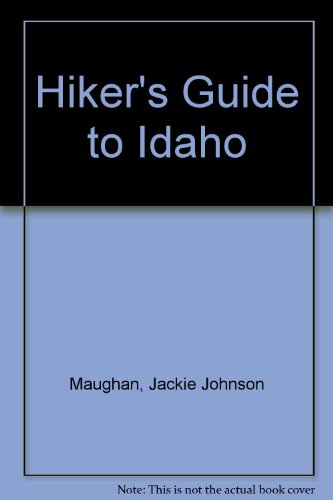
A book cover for Hiker's Guide to Idaho; Jackie Johnson Maughan; Travel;